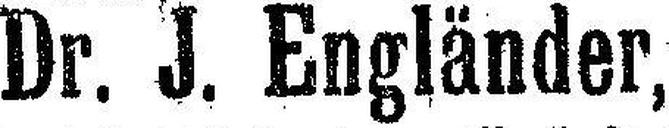
Dr. J. Engländer,